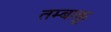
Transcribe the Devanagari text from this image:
तम्‍बाकू